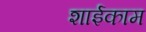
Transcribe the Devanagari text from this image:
शाईकाम